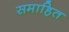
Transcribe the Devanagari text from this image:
समाहित